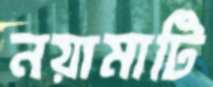
নয়ামাটি